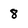
Character: 8